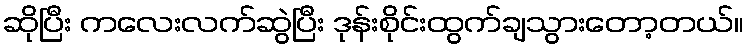
ဆိုပြီး ကလေးလက်ဆွဲပြီး ဒုန်းစိုင်းထွက်ချသွားတော့တယ်။